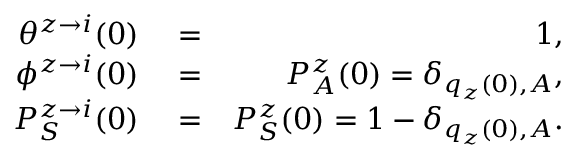
\begin{array} { r l r } { \theta ^ { z \rightarrow i } ( 0 ) } & { { } = } & { 1 , } \\ { \phi ^ { z \rightarrow i } ( 0 ) } & { { } = } & { P _ { A } ^ { z } ( 0 ) = \delta _ { q _ { z } ( 0 ) , A } , } \\ { P _ { S } ^ { z \rightarrow i } ( 0 ) } & { { } = } & { P _ { S } ^ { z } ( 0 ) = 1 - \delta _ { q _ { z } ( 0 ) , A } . } \end{array}